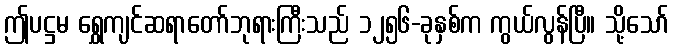
ဤပဋ္ဌမ ရွှေကျင်ဆရာတော်ဘုရားကြီးသည် ၁၂၅၆-ခုနှစ်က ကွယ်လွန်ပြီ။ သို့သော်